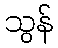
သွန်